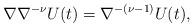
LaTeX: \begin{align*}\nabla\nabla^{-\nu}U(t)=\nabla^{-(\nu-1)}U(t),\end{align*}